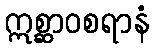
ဣစ္ဆာဝစရာနံ